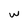
Character: w